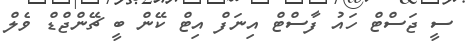
ސީ ޖަސްޓް ހައު ފާސްޓް އިނަފް އިޓް ކޭން ބީ ޗޭންޖްޑް ވެލް